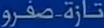
تارة-صفر